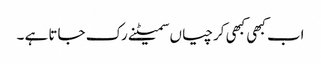
اب کبھی کبھی کرچیاں سمیٹنے رک جاتا ہے ۔